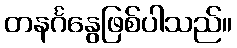
တနင်္ဂနွေဖြစ်ပါသည်။